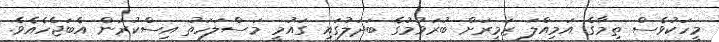
މީހަކުވެސް ތިމާގެ އަމިއްލަ ޒަމީރަށް ބުރަވުމުގެ ބަދަލުގައި ގައުމީ މަސްލަހަތު އިސްކުރަން އެބަޖެހެއެވެ.